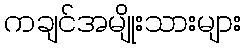
ကချင်အမျိုးသားများ